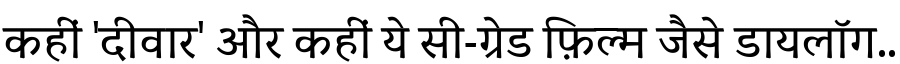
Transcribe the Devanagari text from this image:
कहीं 'दीवार' और कहीं ये सी-ग्रेड फ़िल्म जैसे डायलॉग..